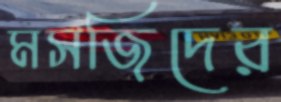
মসজিদের